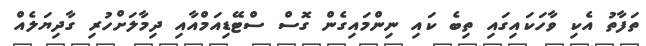
ތަފާތު އެކި ވާހަކައިގައި ތިބެ ކައި ނިންމައިގެން ގޮސް ސްޓޭޑިއަމްއާއި ދިމާލަށްހުރި ގާދިޔަލެއް